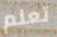
تعلم